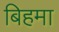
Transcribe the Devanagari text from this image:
बिहमा